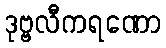
ဒုဗ္ဗလီကရဏော